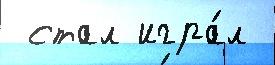
 стал игра́л